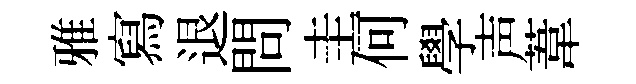
雅寫退問圭何學声葦